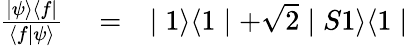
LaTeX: \begin{array}{rlr}{\frac{\mid\psi\rangle\langle f\mid}{\langle f\mid\psi\rangle}}&{{}=}&{\mid 1\rangle\langle 1\mid+\sqrt{2}\mid S1\rangle\langle 1\mid}\end{array}